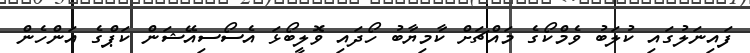
ފައިނަލުގައި ކުލަބު ވެމްކޯގެ މައްޗަށް ކާމިޔާބު ހޯދައި ވޮލީބޯޅަ އެސޯސިއޭޝަން ކަޕްގެ އަންހެން